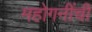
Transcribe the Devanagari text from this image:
महोगनींची